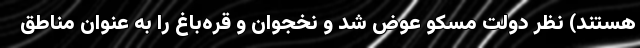
هستند) نظر دولت مسکو عوض شد و نخجوان و قره‌باغ را به عنوان مناطق